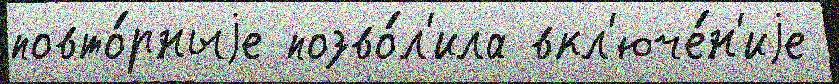
повто́рныjе позво́л'ила вкл'юче́н'иjе